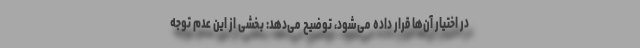
در اختیار آن‌ها قرار داده می‌شود، توضیح می‌دهد: بخشی از این عدم توجه